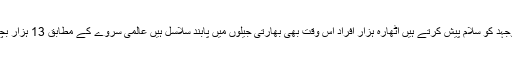
72 سالوں سے کشمیریوں کی عظیم جدوجہد کو سلام پیش کرتے ہیں اٹھارہ ہزار افراد اس وقت بھی بھارتی جیلوں میں پابند سلاسل ہیں عالمی سروے کے مطابق 13 ہزار بچیوں کی اجتماعی عصمت دری کی گئی۔